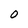
Character: O